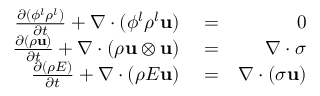
\begin{array} { r l r } { \frac { \partial ( \phi ^ { l } \rho ^ { l } ) } { \partial t } + \nabla \cdot ( \phi ^ { l } \rho ^ { l } \mathbf { u } ) } & { { } = } & { 0 } \\ { \frac { \partial ( \rho \mathbf { u } ) } { \partial t } + \nabla \cdot ( \rho \mathbf { u } \otimes \mathbf { u } ) } & { { } = } & { \nabla \cdot \boldsymbol \sigma } \\ { \frac { \partial ( \rho E ) } { \partial t } + \nabla \cdot ( \rho E \mathbf { u } ) } & { { } = } & { \nabla \cdot ( \boldsymbol \sigma \mathbf { u } ) } \end{array}